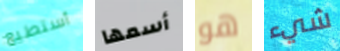
أستطيع أسمها هو شيء